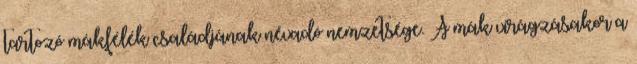
tartozó mákfélék családjának névadó nemzetsége. A mák virágzásakor a